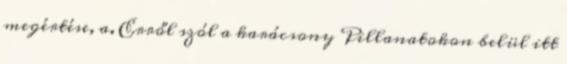
megértése, a. Erről szól a karácsony Pillanatokon belül itt